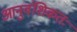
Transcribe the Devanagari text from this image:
आनुवंशिकतः